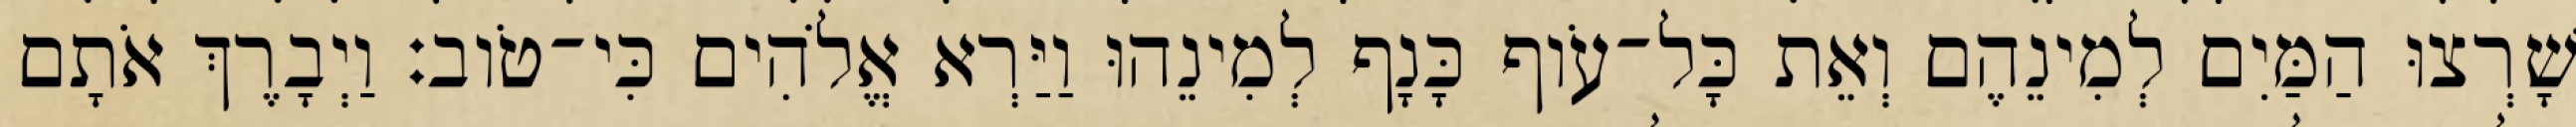
שָׁרְצוּ הַמַּיִם לְמִינֵהֶם וְאֵת כָּל־עֹוף כָּנָף לְמִינֵהוּ וַיַּרְא אֱלֹהִים כִּי־טֹוב׃ וַיְבָרֶךְ אֹתָם